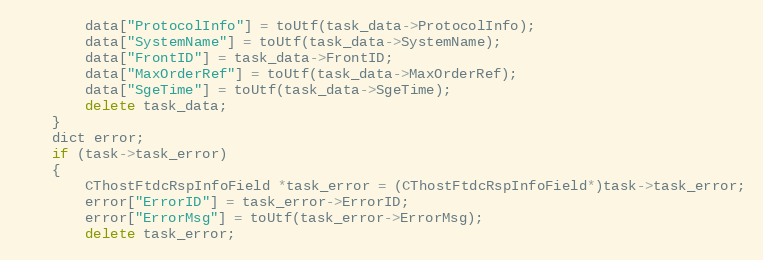
Language: C++
		data["ProtocolInfo"] = toUtf(task_data->ProtocolInfo);
		data["SystemName"] = toUtf(task_data->SystemName);
		data["FrontID"] = task_data->FrontID;
		data["MaxOrderRef"] = toUtf(task_data->MaxOrderRef);
		data["SgeTime"] = toUtf(task_data->SgeTime);
		delete task_data;
	}
	dict error;
	if (task->task_error)
	{
		CThostFtdcRspInfoField *task_error = (CThostFtdcRspInfoField*)task->task_error;
		error["ErrorID"] = task_error->ErrorID;
		error["ErrorMsg"] = toUtf(task_error->ErrorMsg);
		delete task_error;